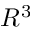
R ^ { 3 }